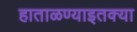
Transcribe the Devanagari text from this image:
हाताळण्याइतक्या